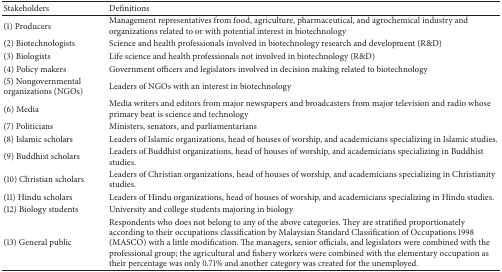
| Stakeholders | Definitions |
 | --- | --- |
 | (1) Producers | Management representatives from food, agriculture, pharmaceutical, and agrochemical industry and organizations related to or with potential interest in biotechnology |
 | (2) Biotechnologists | Science and health professionals involved in biotechnology research and development (R&D) |
 | (3) Biologists | Life science and health professionals not involved in biotechnology (R&D) |
 | (4) Policy makers | Government officers and legislators involved in decision making related to biotechnology |
 | (5) Nongovernmental organizations (NGOs) | Leaders of NGOs with an interest in biotechnology |
 | (6) Media | Media writers and editors from major newspapers and broadcasters from major television and radio whose primary beat is science and technology |
 | (7) Politicians | Ministers, senators, and parliamentarians |
 | (8) Islamic scholars | Leaders of Islamic organizations, head of houses of worship, and academicians specializing in Islamic studies. |
 | (9) Buddhist scholars | Leaders of Buddhist organizations, head of houses of worship, and academicians specializing in Buddhist studies. |
 | (10) Christian scholars | Leaders of Christian organizations, head of houses of worship, and academicians specializing in Christianity studies. |
 | (11) Hindu scholars | Leaders of Hindu organizations, head of houses of worship, and academicians specializing in Hindu studies. |
 | (12) Biology students | University and college students majoring in biology |
 | (13) General public | Respondents who does not belong to any of the above categories. They are stratified proportionately according to their occupations classification by Malaysian Standard Classification of Occupations 1998 (MASCO) with a little modification. The managers, senior officials, and legislators were combined with the professional group; the agricultural and fishery workers were combined with the elementary occupation as their percentage was only 0.71% and another category was created for the unemployed. |